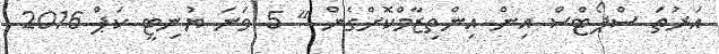
އަރުތަ ސްޕޯޓްސް އިން އިންތިޒާމްކޮށްގެން " 5 ވަނަ ޔުނިޓީ ކަޕް 2016